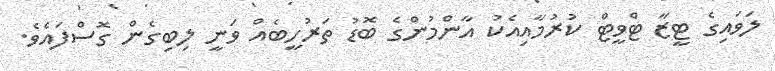
ލަވައިގެ ޓީޒާ ޓްވީޓް ކުރުމާއިއެކު އާންމުންގެ ބޮޑު ތަރުހީބެއް ވަނީ ލިބިގެން ގޮސްފައެވެ.